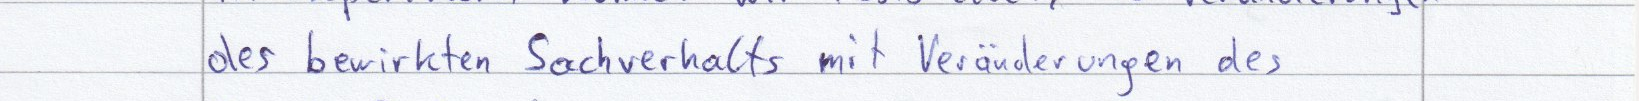
des bewirkten Sachverhalts mit Veränderungen des